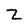
Character: z